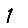
Digit: 1